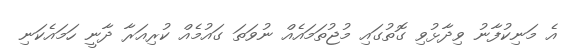
އެ މަނިކުފާނު ވިދާޅުވި ގޮތުގައި މުޖުތަމައެއް ނުވަަތަ ގައުމެއް ކުރިއަރާ ދާނީ ހަމައެކަނި